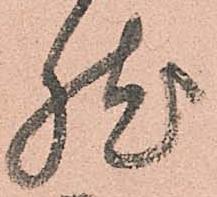
然